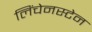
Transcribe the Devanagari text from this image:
लिंचेनस्टेन